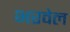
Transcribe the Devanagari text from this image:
भरवेल